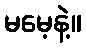
မမေ့နဲ့။